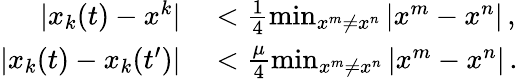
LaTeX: \begin{array}{rl}{|x_{k}(t)-x^{k}|}&{{}<\frac{1}{4}\operatorname*{min}_{x^{m}\neq x^{n}}|x^{m}-x^{n}|\, ,}\\ {|x_{k}(t)-x_{k}(t^{\prime})|}&{{}<\frac{\mu}{4}\operatorname*{min}_{x^{m}\neq x^{n}}|x^{m}-x^{n}|\, .}\end{array}